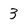
Character: 3